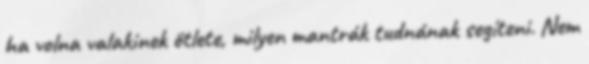
ha volna valakinek ötlete, milyen mantrák tudnának segíteni. Nem